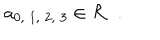
a _ { 0 , \; 1 , \; 2 , \; 3 } \in { \cal R } \; \; .